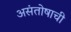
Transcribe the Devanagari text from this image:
असंतोषाची